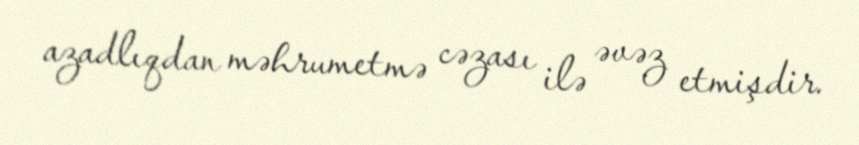
azadlıqdan məhrumetmə cəzası ilə əvəz etmişdir.